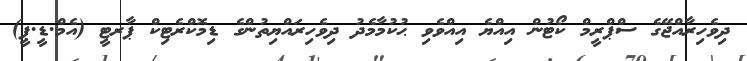
ދިވެހިރާއްޖޭގެ ސްޕްރީމް ކޯޓުން އިއްޔެ އިއްވެވި ޙުކުމާމެދު ދިވެހިރައްޔިތުންގެ ޑިމޮކްރެޓިކް ޕާރޓީ (އެމް.ޑީ.ޕީ)